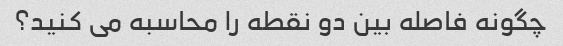
چگونه فاصله بین دو نقطه را محاسبه می کنید؟